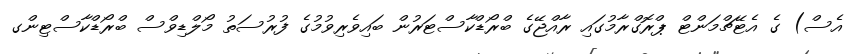
އެސް) ގެ އެޓޭޗްމަންޓް ޕްރޮގްރާމުގައި ރާއްޖޭގެ ބްރޯޑްކާސްޓަރުން ބައިވެރިވުމުގެ ފުރުސަތު މޯލްޑިވްސް ބްރޯޑްކާސްޓިންގ